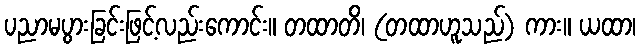
ပညာမပွားခြင်းဖြင့်လည်းကောင်း။ တထာတိ၊ (တထာဟူသည်) ကား။ ယထာ၊